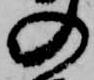
の